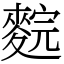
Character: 䴷